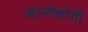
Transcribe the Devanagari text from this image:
कानोकोगी